Civil Veterinary Department Bengal reports 1923-33 - 1923-1933
Year: 1923
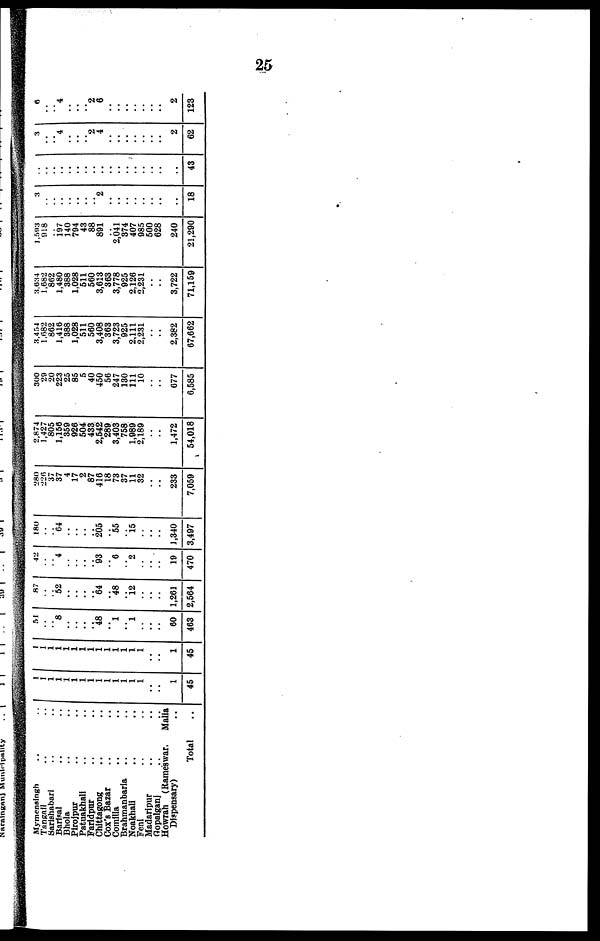
25
Mymensingh .. ..
Tangail .. ..
Sarishabari .. ..
Barisal .. ..
Bhola .. ..
Pirojpur .. ..
Patuakhali .. ..
Faridpur .. ..
Chittagong .. ..
Cox's Bazar .. ..
Comilla .. ..
Brahmanbaria .. ..
Noakhali .. ..
Feni .. ..
Madaripur .. ..
Gopalganj .. ..
Howrah (Rameswar, Malia
Dispensary) ..
Total ..
1
1
1
1
1
1
1
1
1
1
1
1
1
1
..
..
1
45
1
1
1
1
1
1
1
1
1
1
1
1
1
1
..
..
1
45
51
..
.. 8
..
..
..
.. 48
.. 1
1
..
..
..
60
463
87
..
.. 52
..
..
..
.. 64
.. 48
.. 12
..
..
..
1,261
2,564
42
..
.. 4
..
..
..
.. 93
.. 6
.. 2
..
..
..
19
470
180
..
.. 64
..
..
..
.. 205
.. 55
.. 15
..
..
..
1,340
3,497
280
226
37
37
4
17
2
87
416
18
73
37
11
32
..
..
233
7,059
2,874
1,427
805
1,156
359
926
504
433
2,542
289
3,403
758
1,989
2,189
..
..
1,472
54,018
300
29
20
223
25
85
5
40
450
56
247
130
111
10
..
..
677
6,585
3,454
1.682
862
1,416
388
1,028
511
560
3,408
363
3,723
925
2,111
2,231
..
..
2,382
67,662
3,634
1,682
862
1,480
388
1,028
511
560
3,613
363
3,778
925
2,126
2,231
..
..
3,722
71,159
1,593
918
..
197 140
794
43
88
891
.. 2,041
374
407
985
500
628
240
21,290
3
..
..
..
..
..
..
.. 2
..
..
..
..
..
..
..
..
18
..
..
..
..
..
..
..
..
..
..
..
..
..
..
..
..
..
43
3
..
.. 4
..
..
.. 2
4
..
..
..
..
..
..
..
2
62
6
..
.. 4
..
..
.. 2
6
..
..
..
..
..
..
..
2
123